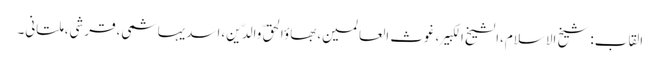
القاب:شیخ الاسلام،الشیخ الکبیر،غوث العالمین،بھاؤالحق ِّوالدّین،اسدیہاشمی،قرشی،ملتانی۔